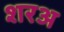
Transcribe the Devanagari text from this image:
शरअ